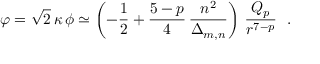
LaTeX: \varphi = \sqrt { 2 } \, \kappa \, \phi \simeq \left( - \frac { 1 } { 2 } + \frac { 5 - p } { 4 } \, \frac { n ^ { 2 } } { \Delta _ { m , n } } \right) \, \frac { Q _ { p } } { r ^ { 7 - p } } ~ ~ .